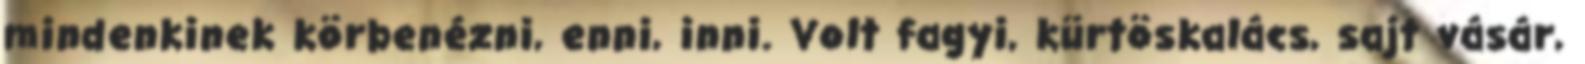
mindenkinek körbenézni, enni, inni. Volt fagyi, kürtöskalács, sajt vásár,